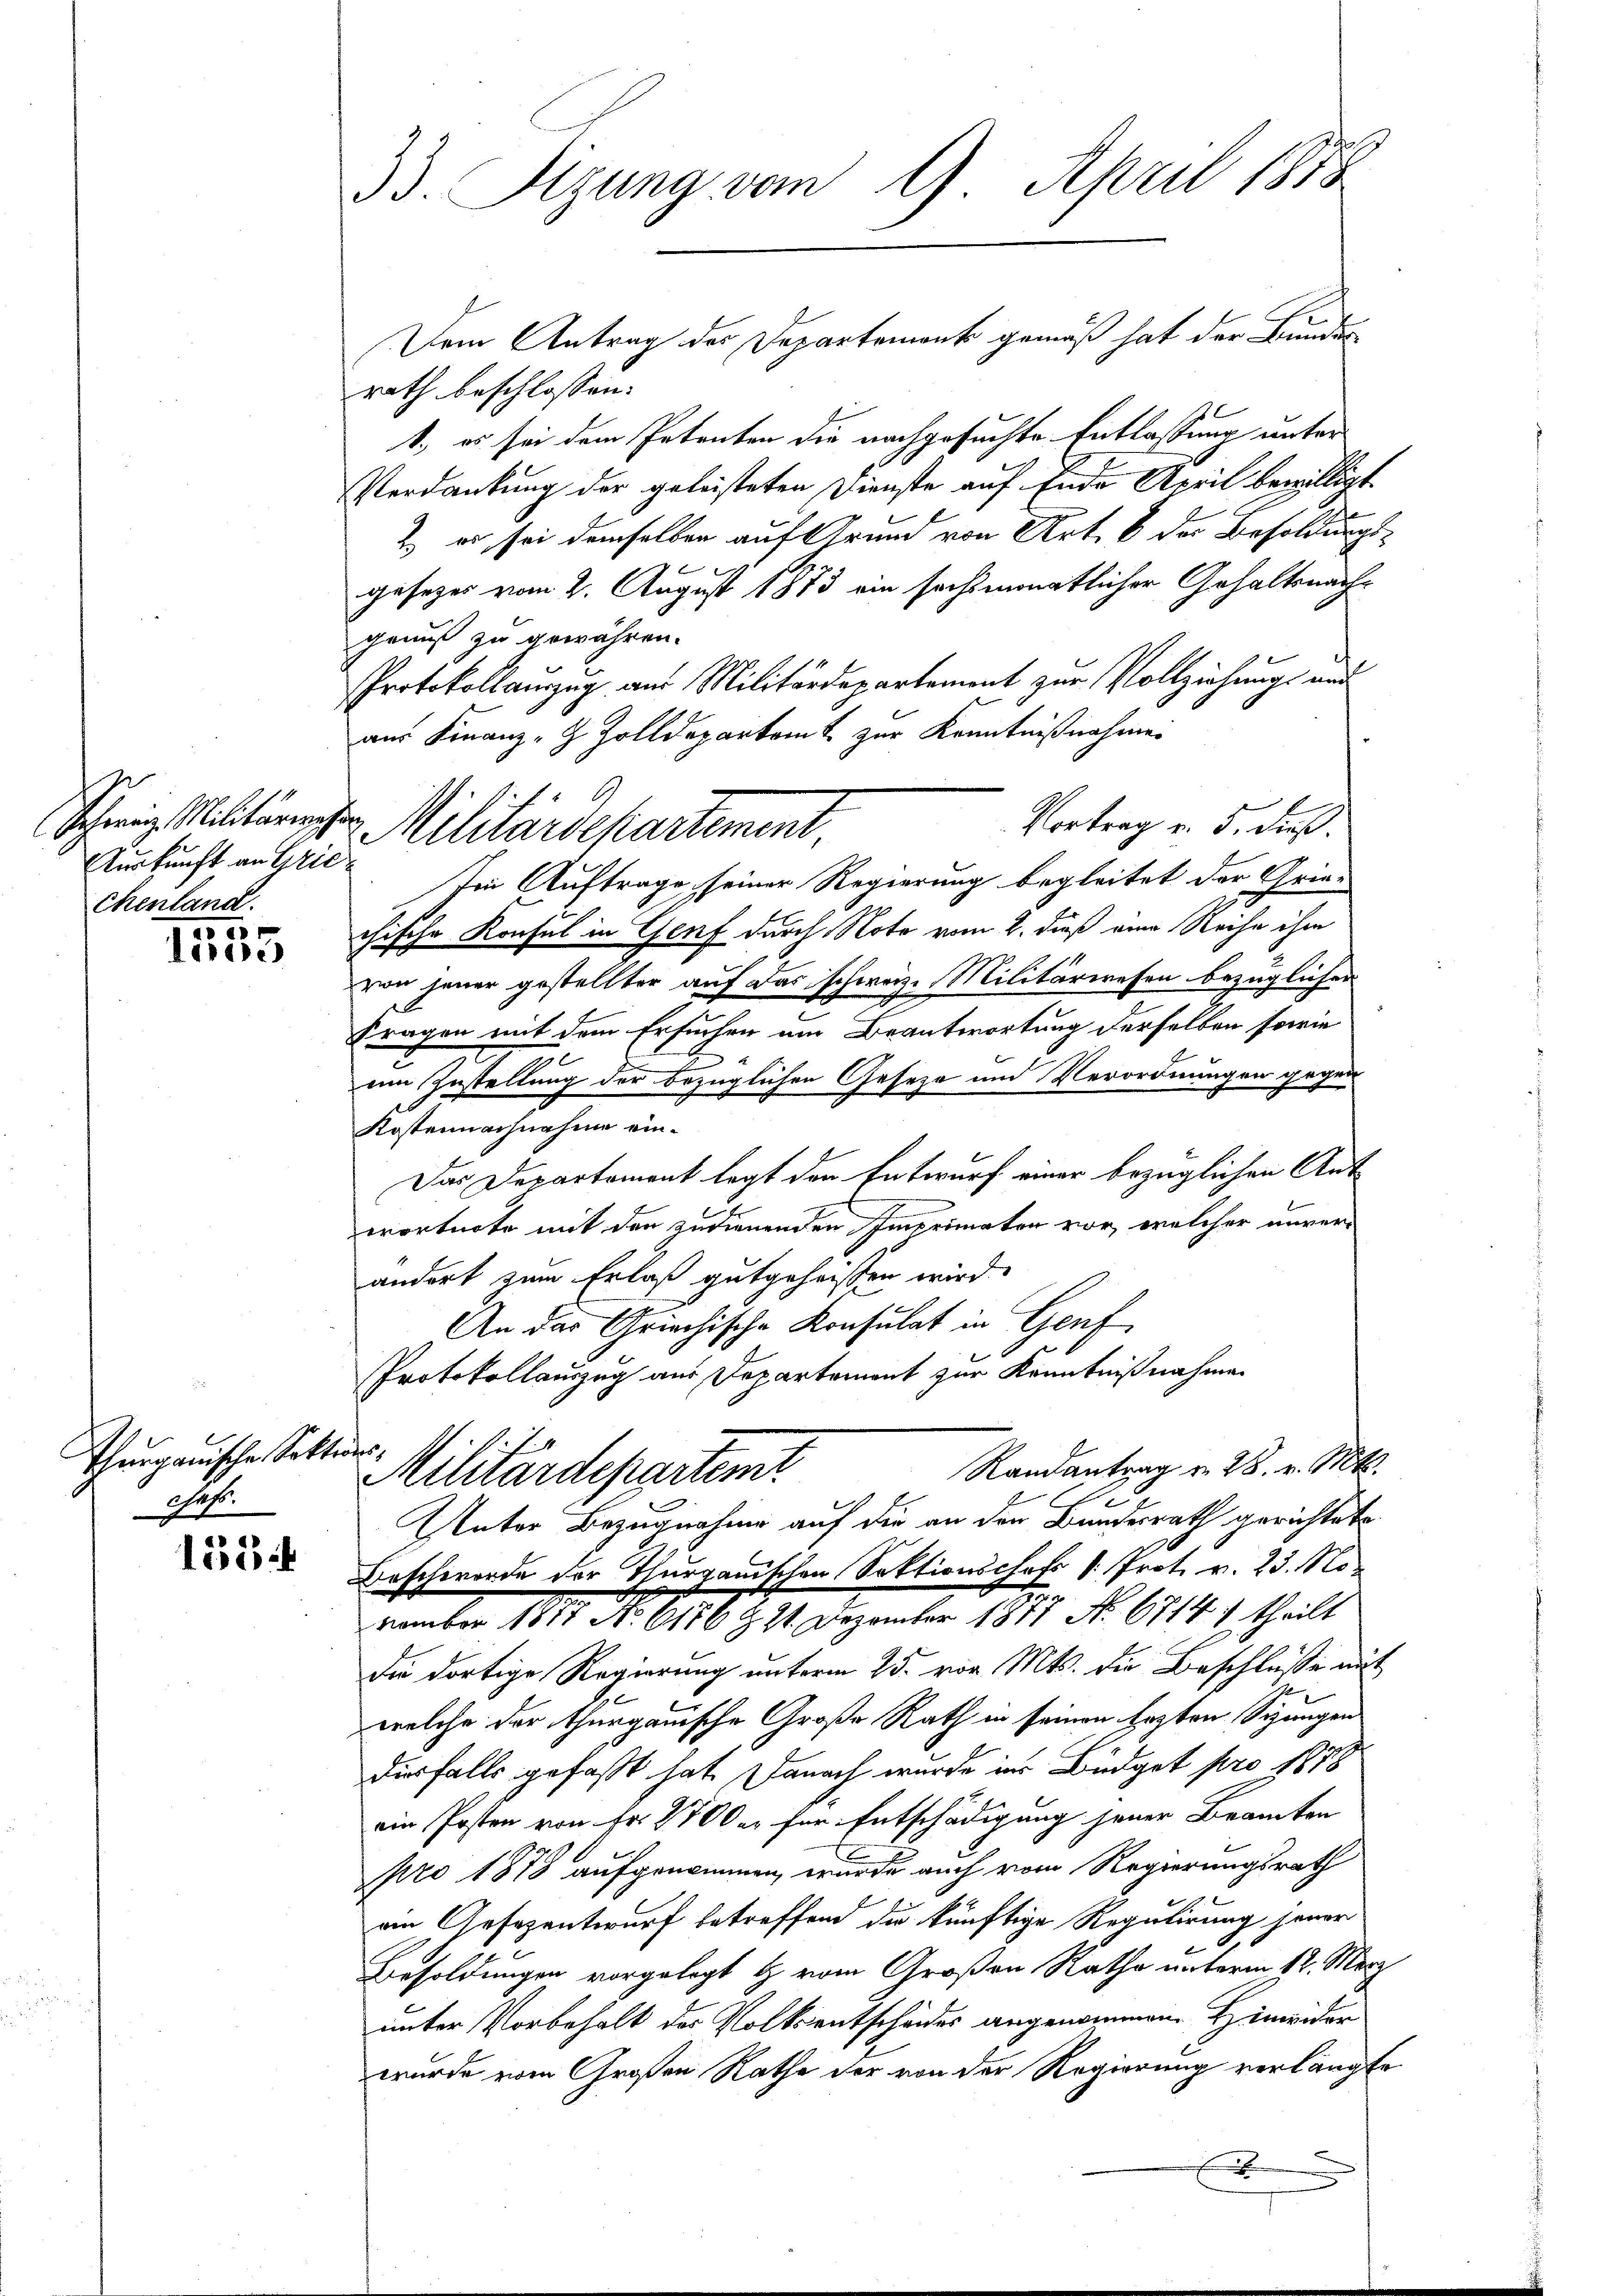
Auskunft an Grie
chenland.

x
1er

Thurgauische Soktris
chass.

1534

33. Sizung vom 9. April 1878

Dem Antrag des Departement gemäß hat der Bundes
rath beschlossen:
1., es sei dem Petenten die nachgesuchte Entlassung unter
Verdankung der geleisteten Dienste auf Ende April bewilligt.
& er sei demselben auf Grund von Art. 6 der Besoldungsgesezes vom 2. August 1873 ein sochimonatlicher Gehaltsnachgenuß zu gewähren.
Protokollauszug aus Militärdepartement zur Vollziehung und
am Finanz-G. Zolldepartamt zur Kenntnißnahmen
Vortrag v. 5. dieß.
Im Auftrage, seiner Regierung begleitet der Griechische Konsul in Genf durch Note vom 2. dieß eine Reihe ihm
von jener gestellter auf das schweiz. Militärwesen bezüglichen
Fragen mit dem Ersuchen am Beantwortung derselben sowie
um Zustellung der bezüglichen Geseze und Verordnungen gegen
Kostennachnahme ein¬
Das Departement legt den Entwurf einer bezüglichen Ant
wortnote mit den zudienenden Imprimaten vor, welcher unver-
andort zum Erlaß gutgeheissen wird.
An das Griechische Konsulat in Genf
Protokollauszug aus Departement zur Kenntnißnahmen

Schweiz Militärischen Militärdepartement

Randantrag v. 28. v. Mts.
Militärdepartenit
Unter Bezugnahme auf die an den Bundesrath gerichtete
Beschwerde der Thurgauischen Sektionschats v. Prot. v. 23. No¬

u
vember 1811. No. 616 § 11. Dezember 1811 No 6714 1 theilt
die dortige Regierung unterm 25. vor. Mts. die Beschlüsse mit
welche der thurgauische Große Rath in seinen Ersten Sizungen
Dirfalls gefaßt hat. Danach wurde ins Büdget pro 1878
ein Posten von Fr. 1700 er für Entschädigung jener Brancken
pro 1873 aufgenommen, wurde auch vom Regierungsrath
an Gesezentwurf betreffend die künftige Regulirung jener
Besoldungen vorgelegt & vom Großen Rathe unterm 12. März
unter Vorbehalt des Volksentscheides angenommene Hinwider
wurde vom Großen Rathe der von der Regierung verlangte
x